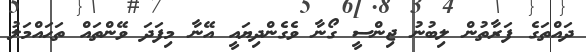
ދައްތަގެ ފަރާތުން ލިބުނު ޖިންސީ ގޯނާ ވެގެންދިޔައީ އޭނާ މިފަދަ ވޭންތައް ތަޙައްމަލު